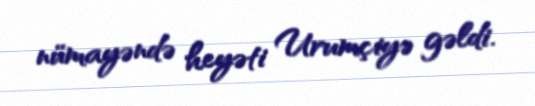
nümayəndə heyəti Urumçiyə gəldi.